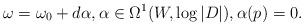
\begin{align*}\omega = \omega_{0} + d\alpha,\alpha\in \Omega^{1}(W,\log |D|),\alpha(p) = 0.\end{align*}